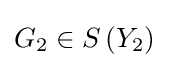
G_{2}\in S\left(Y_{2}\right)